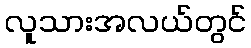
လူသားအလယ်တွင်